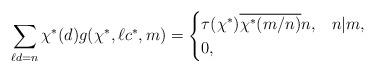
LaTeX: \begin{align*}\sum_{\substack{\ell d = n}} \chi^*(d) g(\chi^*,\ell c^*, m) =\begin{cases}\tau(\chi^*)\overline{\chi^*(m/n)} n, & n|m,\\0 ,& \end{cases}\end{align*}